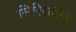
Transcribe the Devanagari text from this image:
सिरिसंपिगे